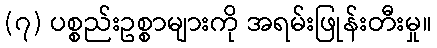
(၇) ပစ္စည်းဥစ္စာများကို အရမ်းဖြုန်းတီးမှု။